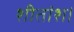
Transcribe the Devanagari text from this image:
शीतांश।